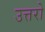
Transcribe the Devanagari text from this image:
उत्तरो